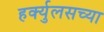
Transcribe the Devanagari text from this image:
हर्क्युलसच्या